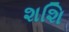
શશિ